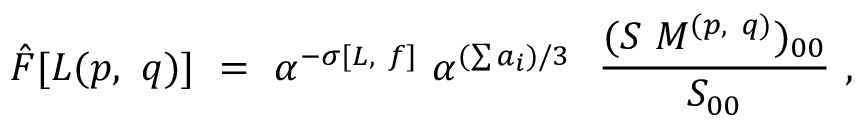
{ \hat { F } } [ { \cal L } ( p , ~ q ) ] ~ = ~ \alpha ^ { - \sigma [ L , ~ f ] } ~ { \alpha } ^ { ( \sum a _ { i } ) / 3 } ~ ~ { \frac { ( S ~ M ^ { ( p , ~ q ) } ) _ { 0 0 } } { S _ { 0 0 } } } ~ ,